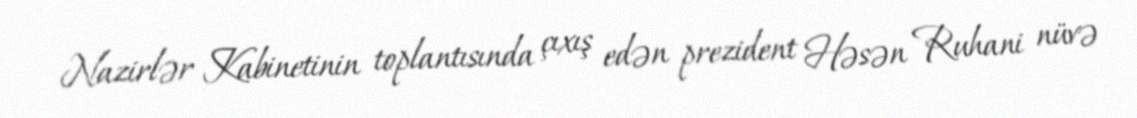
Nazirlər Kabinetinin toplantısında çıxış edən prezident Həsən Ruhani nüvə